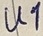
Text: U1